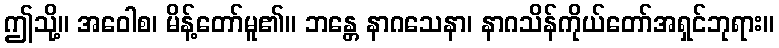
ဤသို့။ အဝေါစ၊ မိန့်တော်မူ၏။ ဘန္တေ နာဂသေနာ၊ နာဂသိန်ကိုယ်တော်အရှင်ဘုရား။